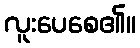
လူးပေစေ၏။